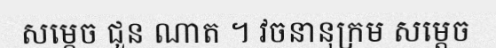
សម្តេច ជួន ណាត ។ វចនានុក្រម សម្តេច